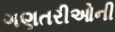
ગણતરીઓની